Lunatic asylums Central Provinces reports 1910-1926 - 1910-1926
Year: 1910
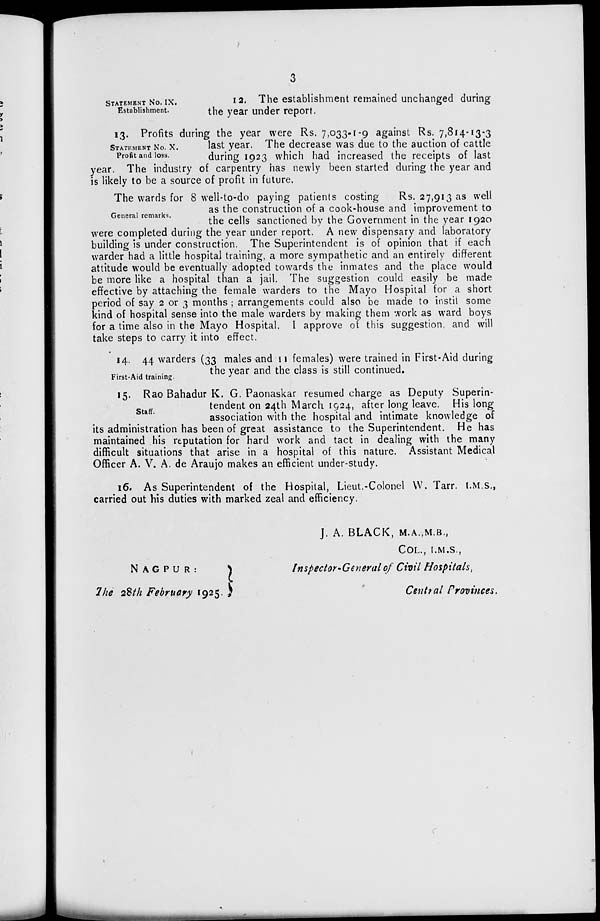
3
STATEMENT No. IX.
Establishment.
12. The establishment remained unchanged during
the year under report.
STATEMENT No. X.
Profit and loss.
13. Profits during the year were Rs. 7,033-1-9 against Rs. 7,814-13-3
last year. The decrease was due to the auction of cattle
during 1923 which had increased the receipts of last
year. The industry of carpentry has newly been started during the year and
is likely to be a source of profit in future.
General remarks.
The wards for 8 well-to-do paying patients costing
Rs. 27,913 as well
as the construction of a cook-house and improvement to
the cells sanctioned by the Government in the year 1920
were completed during the year under report. A new dispensary and laboratory
building is under construction. The Superintendent is of opinion that if each
warder had a little hospital training, a more sympathetic and an entirely different
attitude would be eventually adopted towards the inmates and the place would
be more like a hospital than a jail. The suggestion could easily be made
effective by attaching the female warders to the Mayo Hospital for a short
period of say 2 or 3 months ; arrangements could also be made to instil some
kind of hospital sense into the male warders by making them work as ward boys
for a time also in the Mayo Hospital. I approve of this suggestion, and will
take steps to carry it into effect.
First-Aid training.
14. 44 warders (33 males and 11 females) were trained in First-Aid during
the year and the class is still continued.
Staff.
15. Rao Bahadur K. G. Paonaskar resumed charge as Deputy Superin-
tendent on 24th March 1924, after long leave. His long
association with the hospital and intimate knowledge of
its administration has been of great assistance to the Superintendent. He has
maintained his reputation for hard work and tact in dealing with the many
difficult situations that arise in a hospital of this nature. Assistant Medical
Officer A. V. A. de Araujo makes an efficient under-study.
16. As Superintendent of the Hospital, Lieut.-Colonel W. Tarr. I.M.S.,
carried out his duties with marked zeal and efficiency.
NAGPUR:
The 28th February 1925.
J. A. BLACK, M.A.,M.B.,
COL., I.M.S.,
Inspector-General of Civil Hospitals,
Central Provinces.